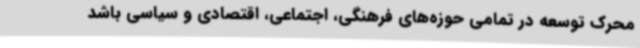
محرک توسعه در تمامی حوزه‌های فرهنگی، اجتماعی، اقتصادی و سیاسی باشد